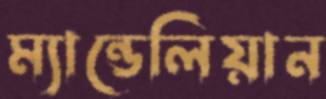
ম্যান্ডেলিয়ান